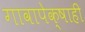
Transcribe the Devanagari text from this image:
गावापेक्षाही